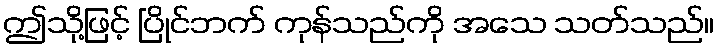
ဤသို့ဖြင့် ပြိုင်ဘက် ကုန်သည်ကို အသေ သတ်သည်။